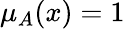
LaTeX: \mu_{A}(x)=1